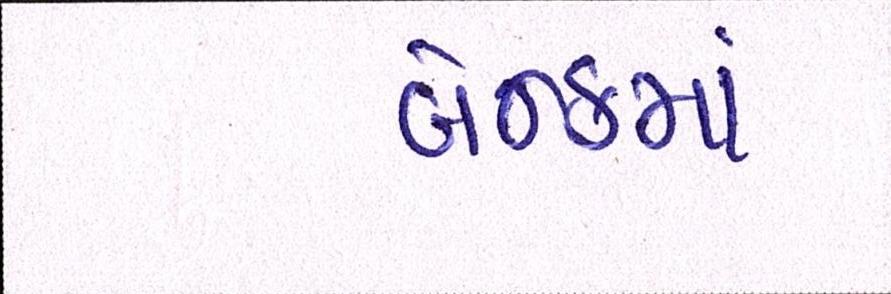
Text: બેન્કમાં